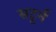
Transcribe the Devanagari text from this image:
सटूर्न